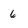
Character: 6